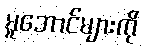
မူဘောင်များကို